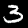
Digit: 3